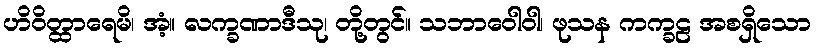
ဟိဝိတ္ထာရေမိ၊ အံ့။ လက္ခဏာဒီသု၊ တို့တွင်။ သဘာဝေါဝါ၊ ဖုသန ကက္ခဠ အစရှိသော